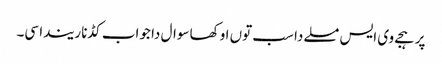
پر ہجے وی ایس مسلے دا سب توں اوکھا سوال دا جواب کڈنا ریندا سی۔